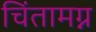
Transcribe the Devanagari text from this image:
चिंतामग्न